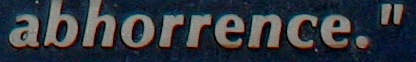
abhorrence."